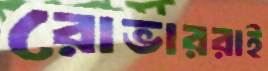
রোভাররাই